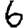
Digit: 6